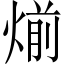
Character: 㷙